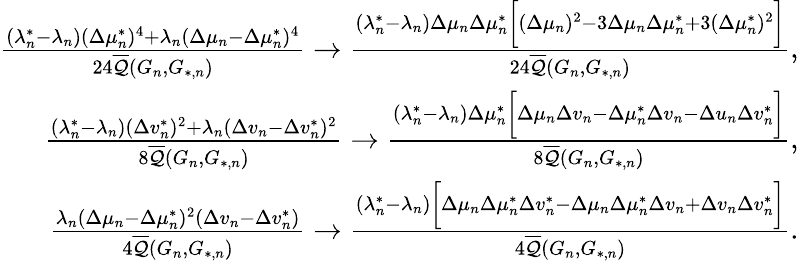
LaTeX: \begin{array}{r}{\frac{(\lambda_{n}^{*}-\lambda_{n})(\Delta\mu_{n}^{*})^{4}+\lambda_{n}(\Delta\mu_{n}-\Delta\mu_{n}^{*})^{4}}{24\overline{{\mathcal{Q}}}(G_{n},G_{*,n})}\to\frac{(\lambda_{n}^{*}-\lambda_{n})\Delta\mu_{n}\Delta\mu_{n}^{*}\biggr[(\Delta\mu_{n})^{2}-3\Delta\mu_{n}\Delta\mu_{n}^{*}+3(\Delta\mu_{n}^{*})^{2}\biggr]}{24\overline{{\mathcal{Q}}}(G_{n},G_{*,n})},}\\ {\frac{(\lambda_{n}^{*}-\lambda_{n})(\Delta v_{n}^{*})^{2}+\lambda_{n}(\Delta v_{n}-\Delta v_{n}^{*})^{2}}{8\overline{{\mathcal{Q}}}(G_{n},G_{*,n})}\to\frac{(\lambda_{n}^{*}-\lambda_{n})\Delta\mu_{n}^{*}\biggr[\Delta\mu_{n}\Delta v_{n}-\Delta\mu_{n}^{*}\Delta v_{n}-\Delta u_{n}\Delta v_{n}^{*}\biggr]}{8\overline{{\mathcal{Q}}}(G_{n},G_{*,n})},}\\ {\frac{\lambda_{n}(\Delta\mu_{n}-\Delta\mu_{n}^{*})^{2}(\Delta v_{n}-\Delta v_{n}^{*})}{4\overline{{\mathcal{Q}}}(G_{n},G_{*,n})}\to\frac{(\lambda_{n}^{*}-\lambda_{n})\biggr[\Delta\mu_{n}\Delta\mu_{n}^{*}\Delta v_{n}^{*}-\Delta\mu_{n}\Delta\mu_{n}^{*}\Delta v_{n}+\Delta v_{n}\Delta v_{n}^{*}\biggr]}{4\overline{{\mathcal{Q}}}(G_{n},G_{*,n})}.}\end{array}